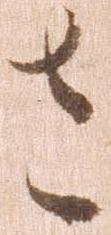
さ